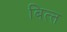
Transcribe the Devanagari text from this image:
बित्‍त